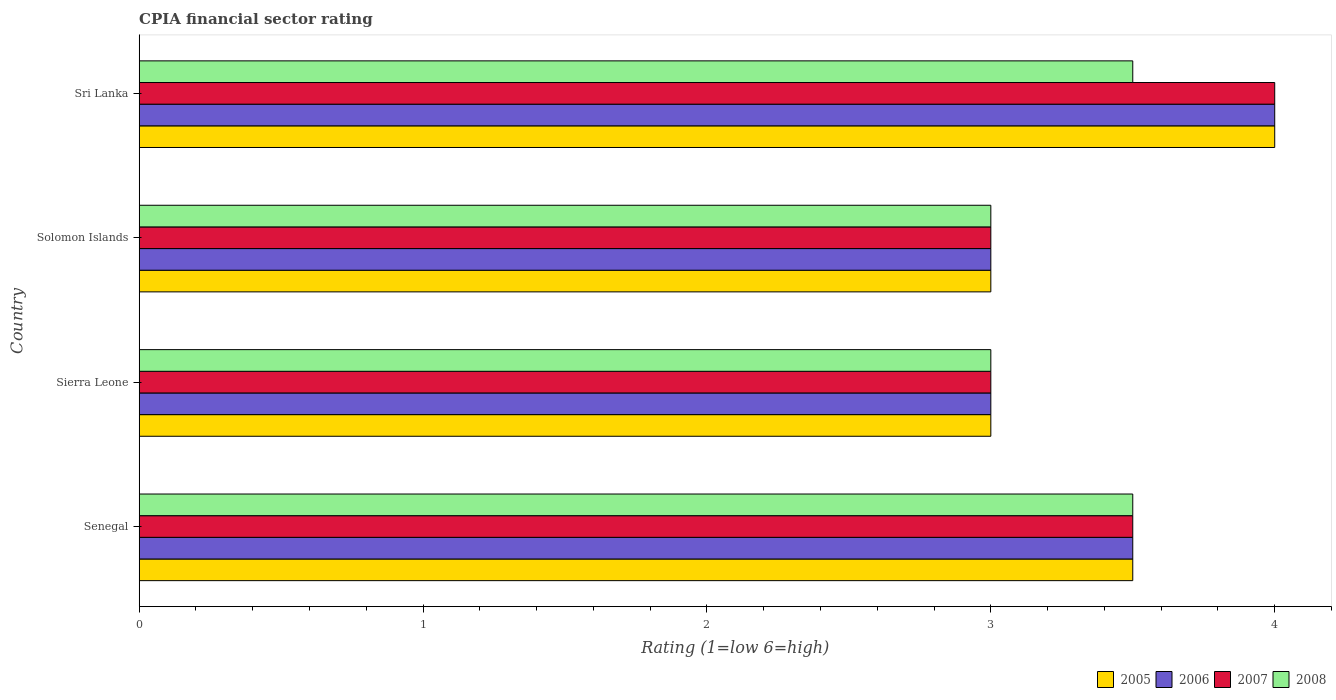
| Country | 2005 | 2006 | 2007 | 2008 |
 | --- | --- | --- | --- | --- |
 | Senegal | 3.5 | 3.5 | 3.5 | 3.5 |
 | Sierra Leone | 3 | 3 | 3 | 3 |
 | Solomon Islands | 3 | 3 | 3 | 3 |
 | Sri Lanka | 4 | 4 | 4 | 3.5 |